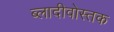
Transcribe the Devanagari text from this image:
ब्लादीवोस्तक